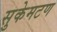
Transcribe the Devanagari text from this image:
सुकेमटण